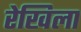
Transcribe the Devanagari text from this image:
रेखिला